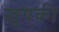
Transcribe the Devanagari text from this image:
ख़ुषकी